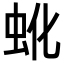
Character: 𬟹